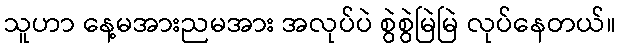
သူဟာ နေ့မအားညမအား အလုပ်ပဲ စွဲစွဲမြဲမြဲ လုပ်နေတယ်။